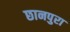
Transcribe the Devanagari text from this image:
छानपुरा